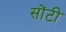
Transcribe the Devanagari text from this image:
सोंटी